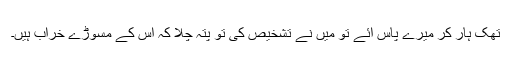
تھک ہار کر میرے پاس آئے تو میں نے تشخیص کی تو پتہ چلا کہ اس کے مسوڑے خراب ہیں۔